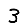
Digit: 3